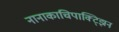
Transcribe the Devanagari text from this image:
नानाकाचिपाक्ट्झिन